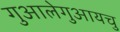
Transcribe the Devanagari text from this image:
गुआलेगुआयचु